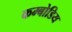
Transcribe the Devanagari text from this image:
कम्बोडिय